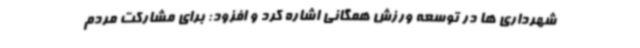
شهرداری ها در توسعه ورزش همگانی اشاره کرد و افزود: برای مشارکت مردم